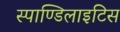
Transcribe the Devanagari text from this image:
स्पाण्डिलाइटिस